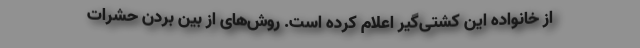
از خانواده این کشتی‌گیر اعلام کرده است. روش‌های از بین بردن حشرات